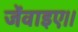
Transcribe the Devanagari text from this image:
जेंवाइए।।